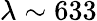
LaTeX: \lambda\sim 633